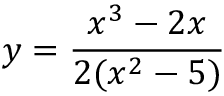
y = { \frac { x ^ { 3 } - 2 x } { 2 ( x ^ { 2 } - 5 ) } }